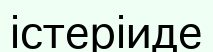
істеріиде